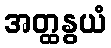
အတ္ထနွယံ